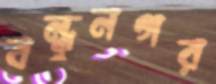
বন্ধুনগর